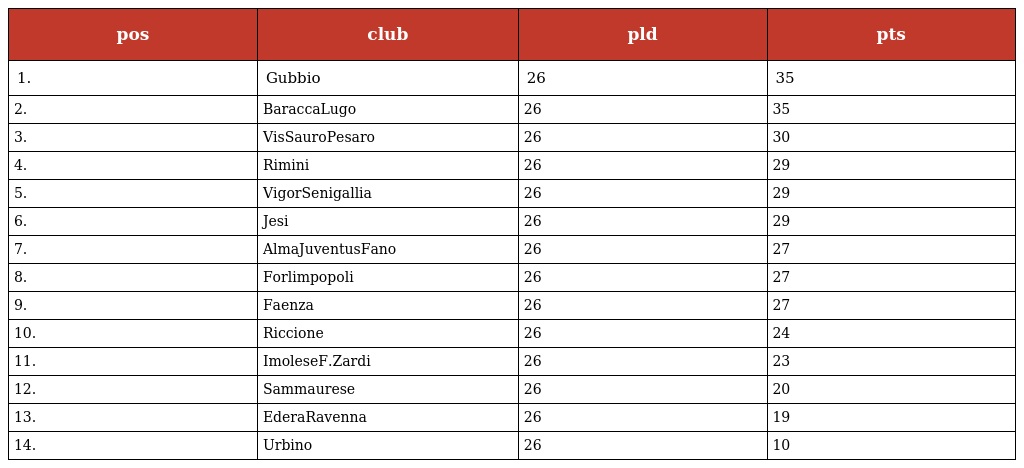
| pos | club | pld | pts |
 | --- | --- | --- | --- |
 | 1. | Gubbio | 26 | 35 |
 | 2. | BaraccaLugo | 26 | 35 |
 | 3. | VisSauroPesaro | 26 | 30 |
 | 4. | Rimini | 26 | 29 |
 | 5. | VigorSenigallia | 26 | 29 |
 | 6. | Jesi | 26 | 29 |
 | 7. | AlmaJuventusFano | 26 | 27 |
 | 8. | Forlimpopoli | 26 | 27 |
 | 9. | Faenza | 26 | 27 |
 | 10. | Riccione | 26 | 24 |
 | 11. | ImoleseF.Zardi | 26 | 23 |
 | 12. | Sammaurese | 26 | 20 |
 | 13. | EderaRavenna | 26 | 19 |
 | 14. | Urbino | 26 | 10 |